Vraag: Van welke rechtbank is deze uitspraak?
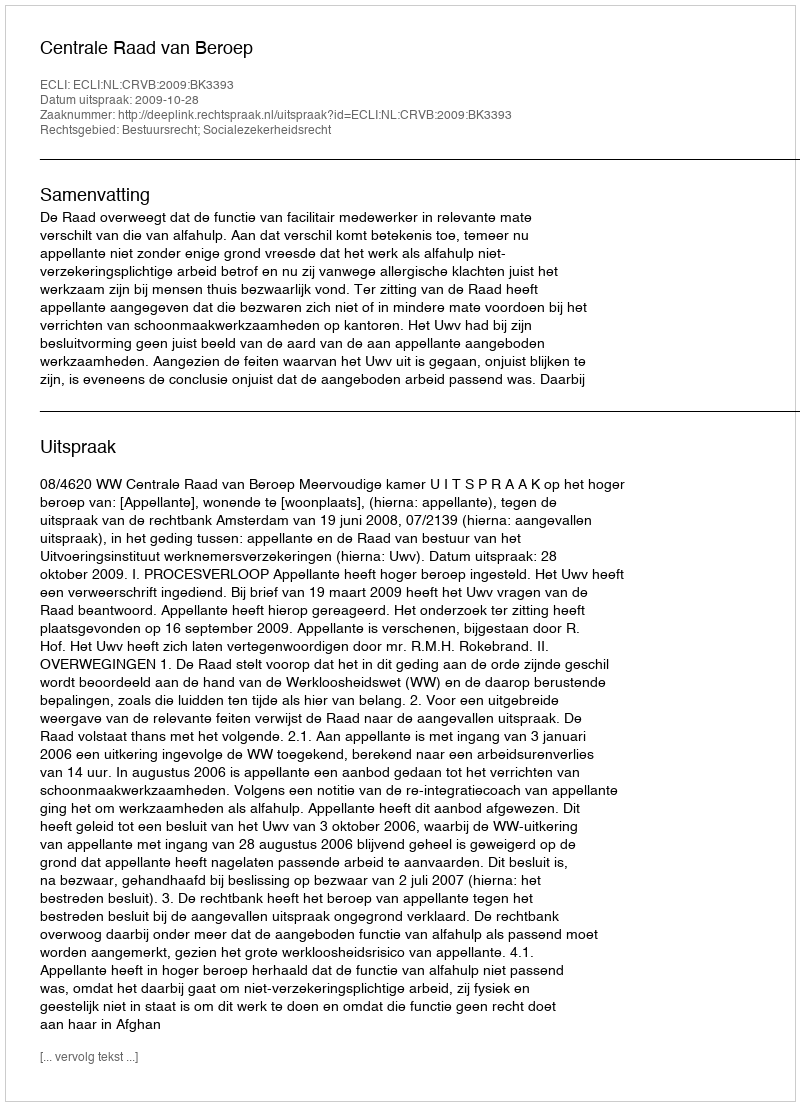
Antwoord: Centrale Raad van Beroep